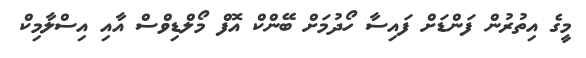
މީގެ އިތުރުން ފަންޑަށް ފައިސާ ހޯދުމަށް ބޭންކް އޮފް މޯލްޑިވްސް އާއި އިސްލާމިކް